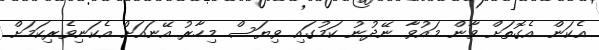
އެކަން އެގޮތަށް ވާން މައުވާ ނޭދުނު ކަމުގައި ވިޔަސް މިހާރު އޭނައަށް އެކަނިވެރިކަމަށް